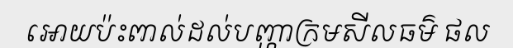
អោយប៉ះពាល់ដល់បញ្ហាក្រមសីលធម៌ ផល